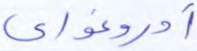
أوروغواي